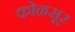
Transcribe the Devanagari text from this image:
कोळसूर